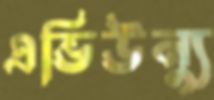
এভিউন্যু